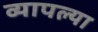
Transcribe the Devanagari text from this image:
व्यापल्या